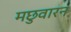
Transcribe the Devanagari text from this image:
मछुवारन